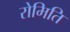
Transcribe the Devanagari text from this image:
रोमिति